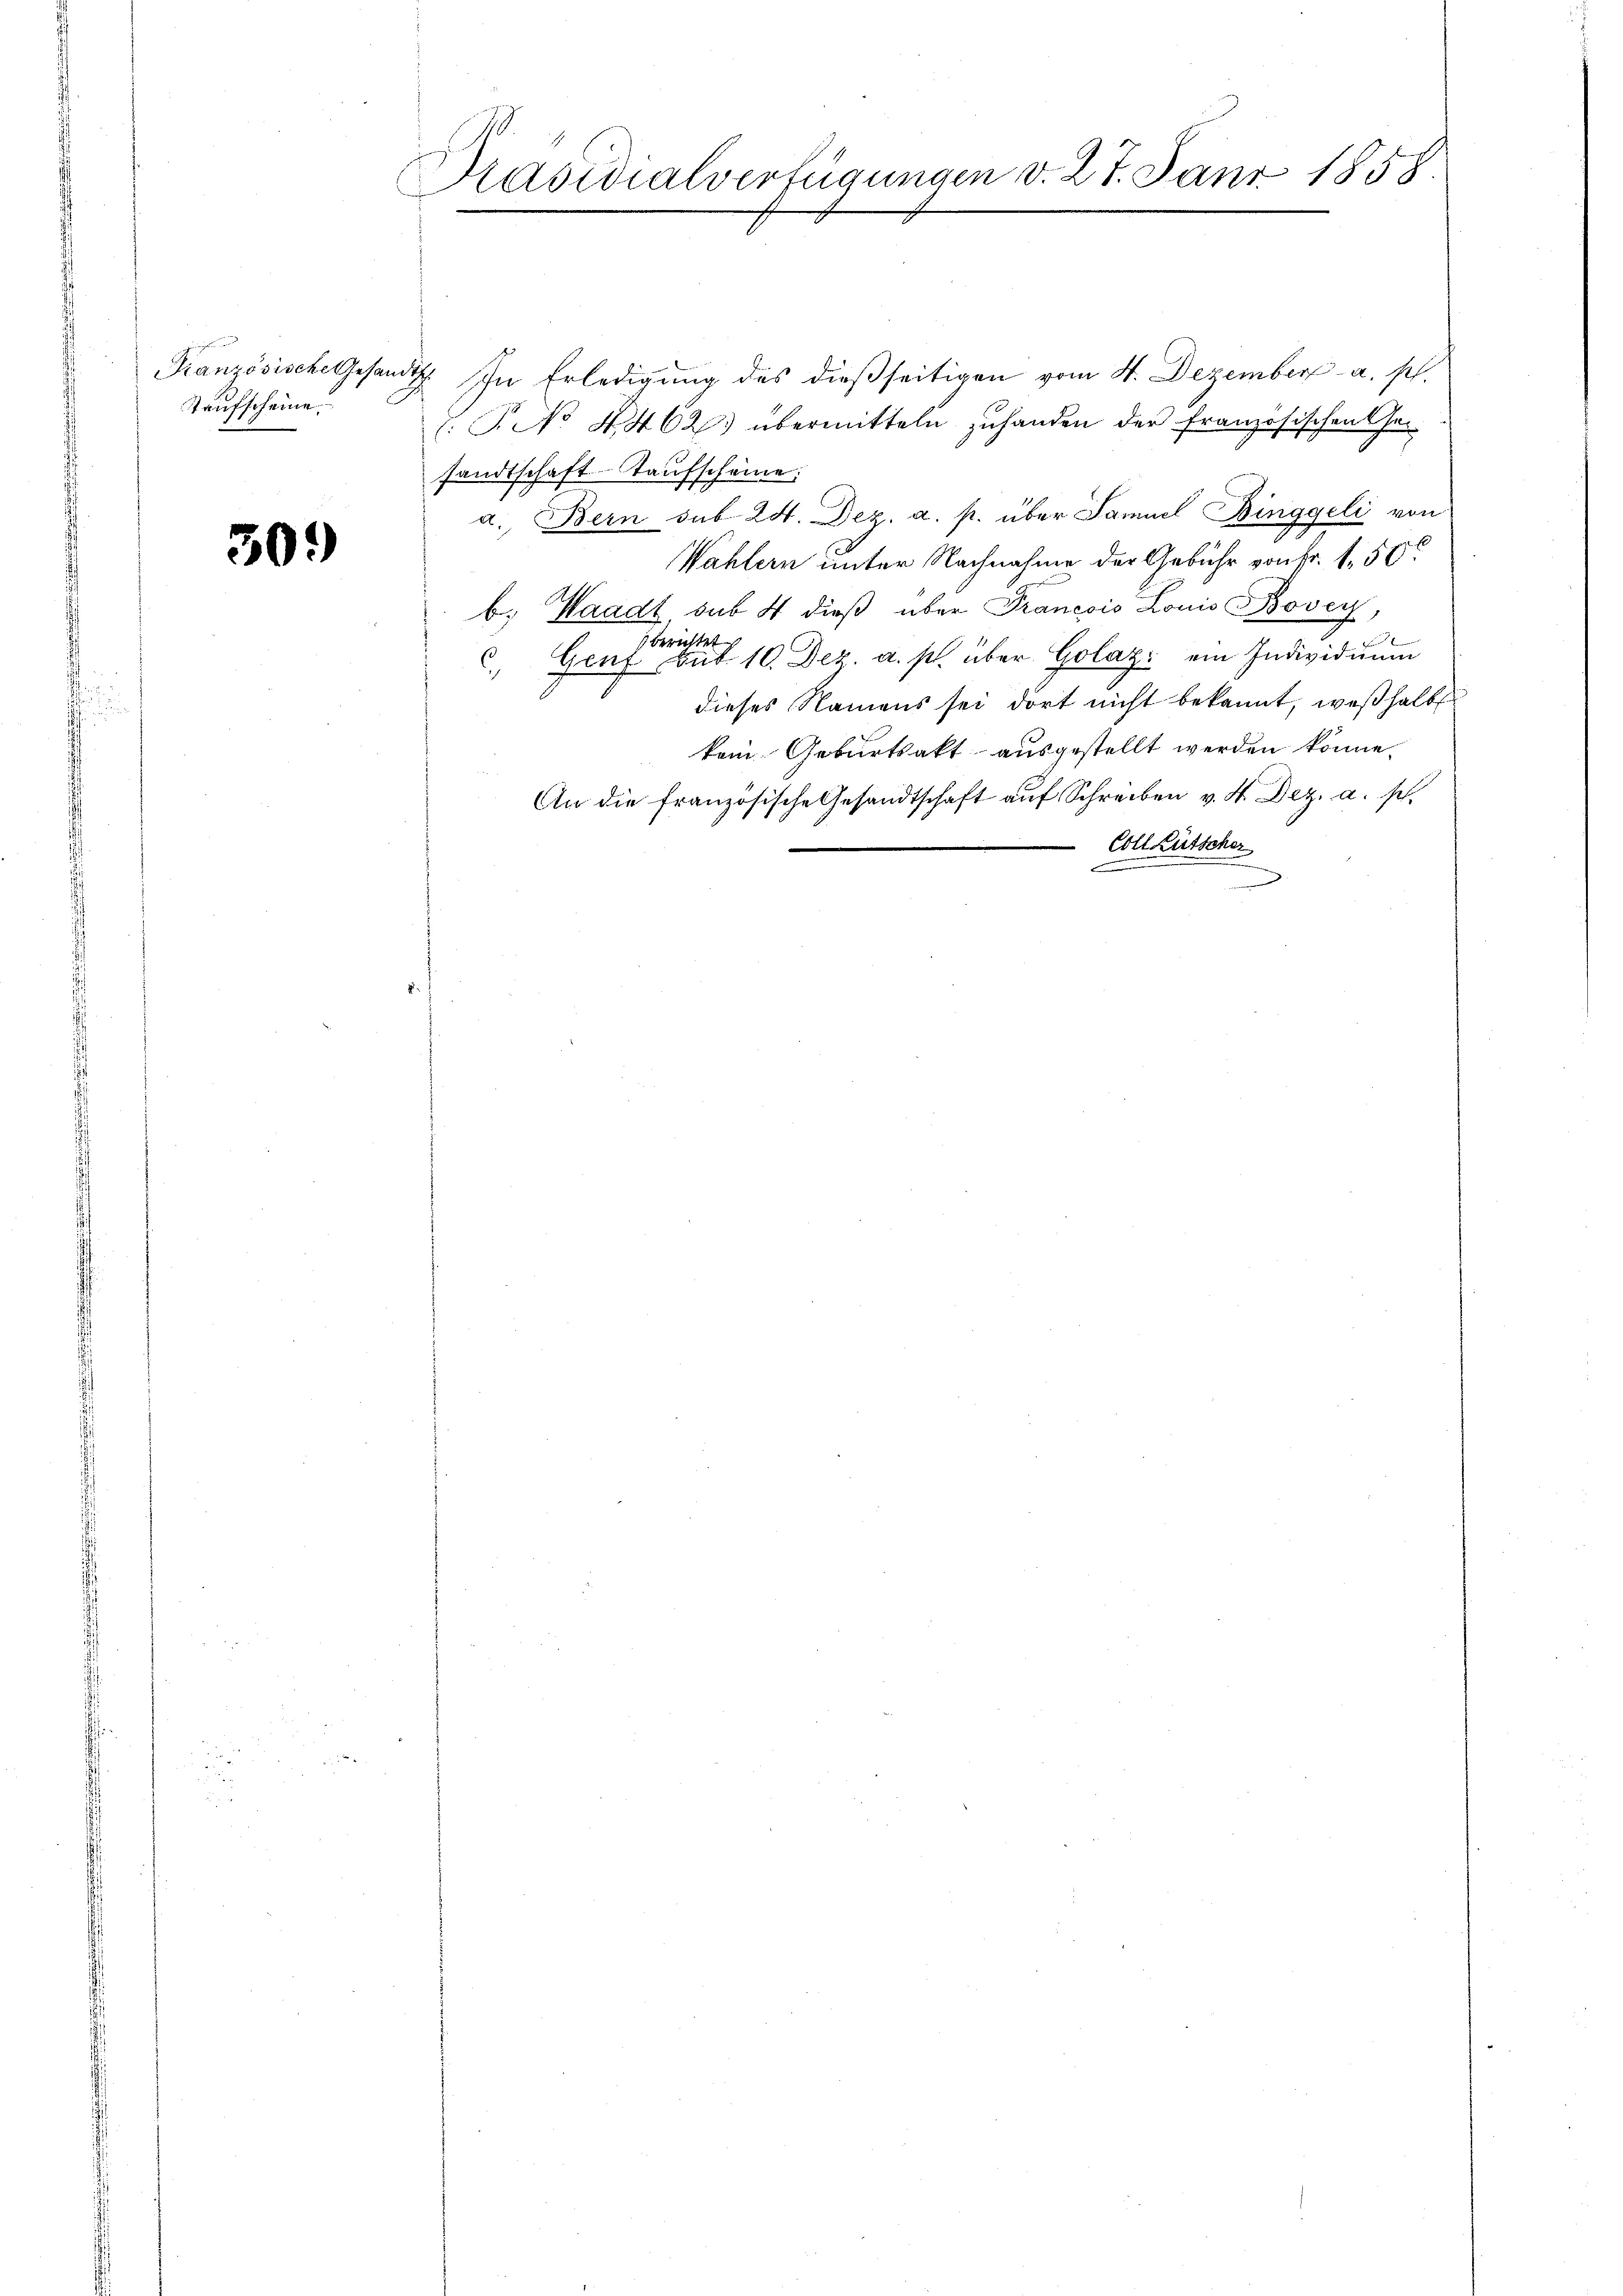
Kaufscheine

30.

Präsidialverfügungen v. 27. Janr 1858.

Französische Gesandtsch. In Erledigung des dießseitigen vom 4. Dezember a. s.
V. P. No 4462) übermitteln zuhanden der französischen Gesandtschaft-Taufscheine:
a. Bern sub 24. Dez. a. p. über Samuel Binggeli von
Wählern unter Nachnahme der Gebühr von Fr. 150
b. Waadt, sub 4 dieß über Francois Louis Bovich,
berichtet
Genf bis 10. Dez. a. p. über Golaz ein Individuum
c
dieses Namens sei dort nicht bekannt, weßhalb
kein Geburtsakt ausgestellt werden könne.
An die französische Gesandtschaft aŭf Schreiben v. 4. Dez. a. sch.
 Coll Lütscher